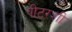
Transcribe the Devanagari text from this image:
पीटरशी